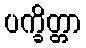
ပက္ခိတ္တာ